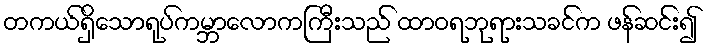
တကယ်ရှိသောရုပ်ကမ္ဘာလောကကြီးသည် ထာဝရဘုရားသခင်က ဖန်ဆင်း၍